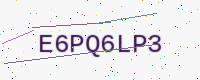
Text: E6PQ6LP3